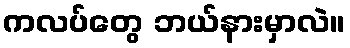
ကလပ်တွေ ဘယ်နားမှာလဲ။